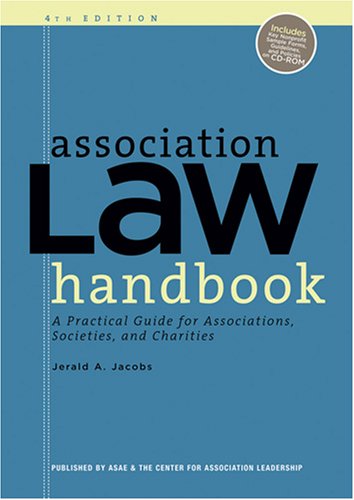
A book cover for Association Law Handbook: A Practical Guide for Associations, Societies, and Charities 4th edition; Jerald A. Jacobs; Business & Money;